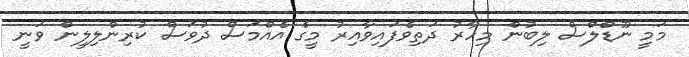
މަމީ ނޫޑްލްސް ލިބުން މިހާރު ދަތިވެފައިވާއިރު މީގެ އެއްމަސް ދުވަސް ކުރިންލިލީން ވަނީ